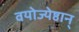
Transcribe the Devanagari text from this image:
वयोज्येष्ठान्‌